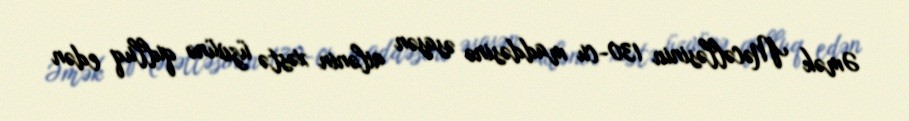
Əmək Məcəlləsinin 130-cu maddəsinə əsasən ailənin xəstə üzvünə qulluq edən